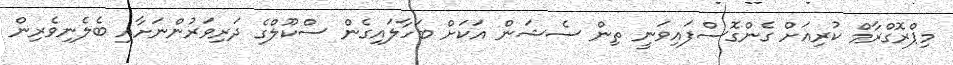
މިޕްރޮގްރާމް ކުރިއަށް ގެންގޮސްފައިވަނީ ތިން ސެޝަން އަކަށް ބަހާލައިގެން ސްކޫލްގެ ދަރިވަރުންނަށާއި ބެލެނިވެރިން